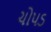
ચોપડ